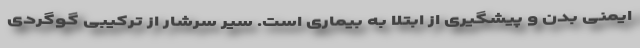
ایمنی بدن و پیشگیری از ابتلا به بیماری است. سیر سرشار از ترکیبی گوگردی